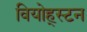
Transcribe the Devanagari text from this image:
वियोह्स्टन